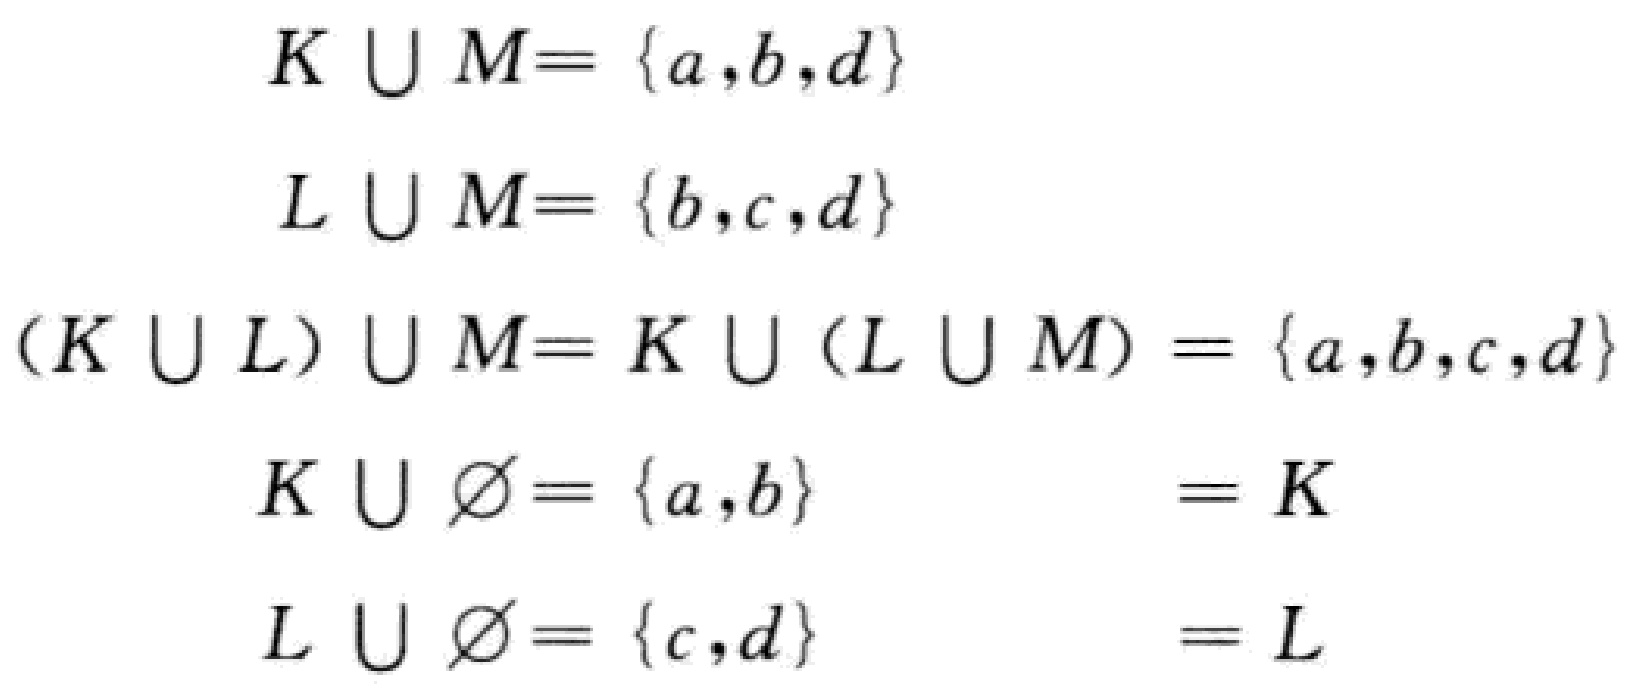
\[

\begin{align*}

K \cup M&= \{a,b,d\}\\

L \cup M&= \{b,c,d\}\\

(K \cup L) \cup M&= K \cup (L \cup M) = \{a,b,c,d\}\\

K \cup \varnothing&= \{a,b\} = K\\

L \cup \varnothing&= \{c,d\} = L

\end{align*}

\]